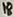
Text: 18